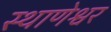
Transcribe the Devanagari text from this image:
स्थाणेश्वर